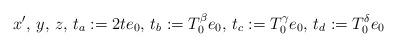
LaTeX: \begin{align*}x',\, y,\, z, \, t_a:=2te_0, \, t_b:=T^{\beta}_0e_0, \, t_c:=T^{\gamma}_0 e_0, \, t_d:= T^{\delta}_0 e_0\end{align*}